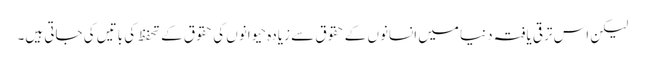
لیکن اس ترقی یافتہ دنیا میں انسانوں کے حقوق سے زیادہ حیوانوں کی حقوق کے تحفظ کی باتیں کی جاتی ہیں۔